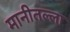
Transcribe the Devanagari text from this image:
मानीतल्ला